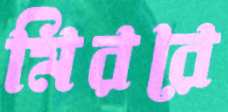
মিররে